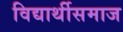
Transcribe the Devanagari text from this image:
विद्यार्थीसमाज